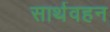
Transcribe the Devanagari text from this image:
सार्थवहन